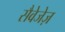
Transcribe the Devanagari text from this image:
सैवेजेज़